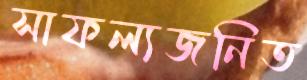
সাফল্যজনিত